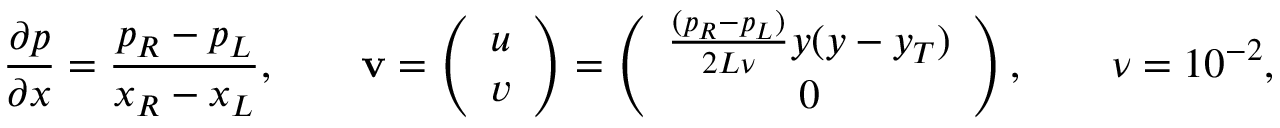
\frac { \partial p } { \partial x } = \frac { p _ { R } - p _ { L } } { x _ { R } - x _ { L } } , \qquad \mathbf { v } = \left( \begin{array} { c } { u } \\ { v } \end{array} \right) = \left( \begin{array} { c } { \frac { ( p _ { R } - p _ { L } ) } { 2 L \nu } y ( y - y _ { T } ) } \\ { 0 } \end{array} \right) , \qquad \nu = 1 0 ^ { - 2 } ,